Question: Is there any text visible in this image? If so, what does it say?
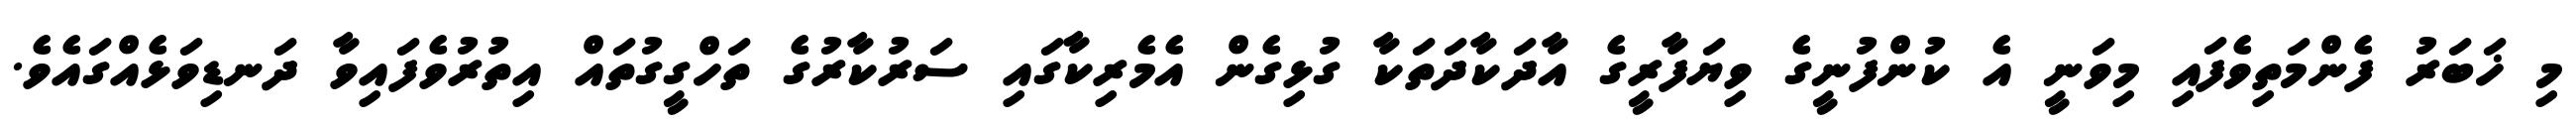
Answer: މި ޚަބަރު ފެންމަތިވެފައި މިވަނީ އެ ކުންފުނީގެ ވިޔަފާރީގެ އާދަކާދަތަކާ ގުޅިގެން އެމެރިކާގައި ސަރުކާރުގެ ތަހްގީގުތައް އިތުރުވެފައިވާ ދަނޑިވަޅެއްގައެވެ.